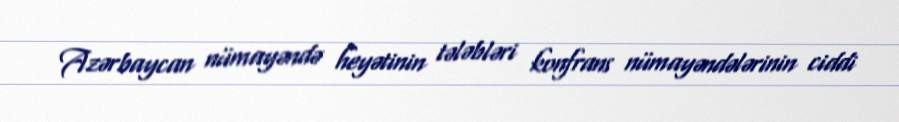
Azərbaycan nümayəndə heyətinin tələbləri konfrans nümayəndələrinin ciddi